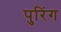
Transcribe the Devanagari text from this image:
पुरिंग